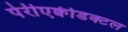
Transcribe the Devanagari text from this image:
पेरीएक्वीडक्टल